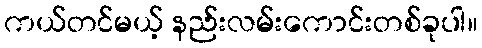
ကယ်တင်မယ့် နည်းလမ်းကောင်းတစ်ခုပါ။